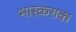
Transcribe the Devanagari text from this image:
भास्कराक